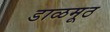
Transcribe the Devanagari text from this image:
डाळमूठ